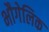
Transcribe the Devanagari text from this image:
भौगेलिक